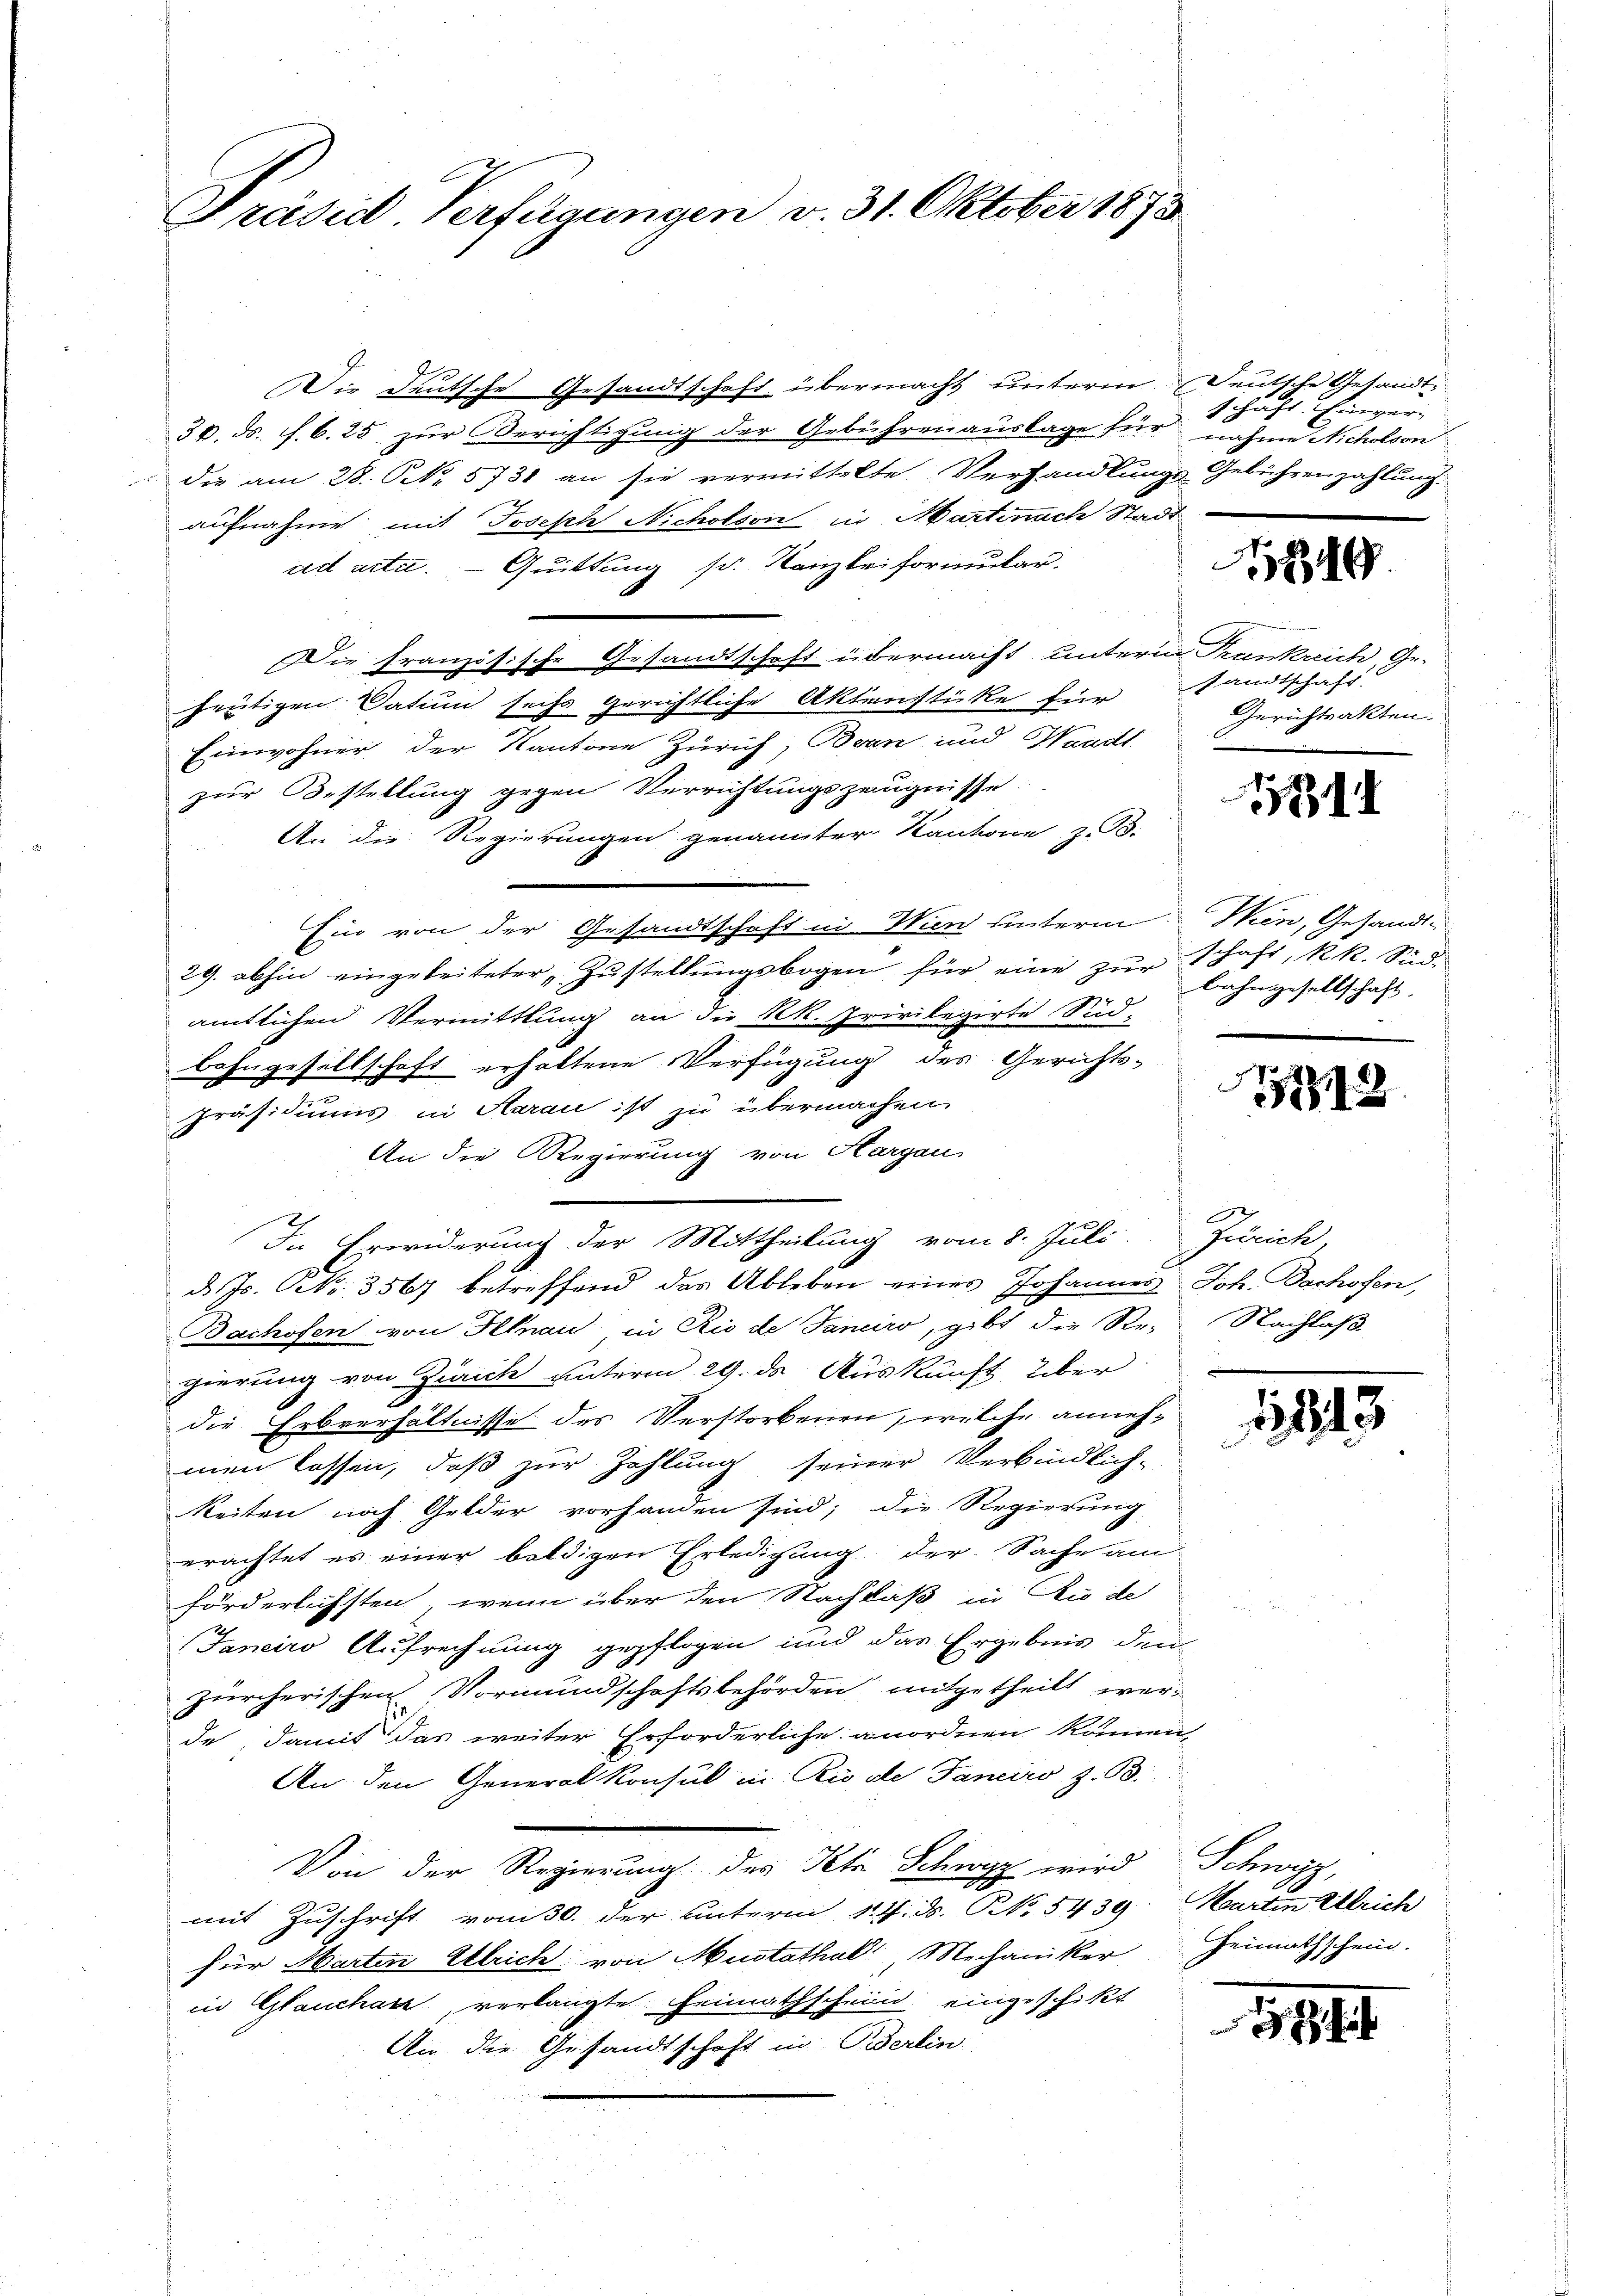
Präside Verfügungen v. 31. Oktober 1873

d.
Die Deutsche Gesandtschaft übermacht unterm Deutsche Gesandt¬
30. ds. f. 6. 25 zur Berichtigung der Gebührenauslage für nahme Nicholson
die am 28. No. 5731 an sie vermittelte Verhandlungs-Gebührenzahlung.
aufnahme mit Joseph Nicholson in Martinach Stadt
ad acta.  Quittung s. Kanzlei formular.
Die französische Gesandtschaft übermacht, unterm Trankreich, Ge-
heutigen Datum sechs gerichtliche Aktenstücke für sandtschaft.
Einwohner der Kantone Zürich, Bran und Handt
zur Bestellung gegen Verrichtungszeugnisse.
An die Regierungen genannter Kantone z. B.
Ein von der Gesandtschaft in Wien unterm Wien, Gesandt¬
29. abhin eingeleiteter Zŭstellŭngsbogen für eine zŭr Schaft, k.k. Sid-
amtlichen Vermittlung an die RR. Privilegirte Süd-
bahngesellschaft erhaltene Verfügung des Gerichts-
Präsidiums in Aarau ist zu übermachen
An die Regierung von Aargau
In Erwiderung der Mittheilung vom 8. Juli.
d. Js. Frk. 3567 betreffend das Ableben eines Johannes Joh. Bachofen,
Bachofen von Illnau in Rio di Sanciro, gibt die Re-
gierung von Zürich unterm 29. ds Auskunft über
die Erbverhältnisse des Verstorbenen, welche annehmen lassen, daß zur Zahlung seiner Verbindlich-
Reiten noch Gelder vorhanden sind; die Regierung
erachtet es einer baldigen Erledigung der Sache am
förderlichsten, wenn über den Nachlaß in Rio de
Janeiro Aufrechnung gepflogen und das Ergebnis den
zürcherischen Vormundschaftsbehörden mitgetheilt wer-
de, damit das weiter Erforderliche anordnen können,
An den Generalkonsul in Rivale Janeiro z. B.
Von der Regierung des Peter Schwyz wird Schwyz,
mit Zuschrift vom 30. der unterm 14. ds. NNo. 5439. Martin Ulrich
für Marten Ulrich von Mustathal, Mechaniker Heimathschein.
in Glauchan, verlangte Heimathschein eingeschikt
An die Gesandtschaft in Berlin.

shaft Einver- |

1849

Gerichtsakten.

1

bahngesellschaft.

5781

Zürich
Nachlaß

843

581